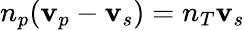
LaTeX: n_{p}(\mathbf{v}_{p}-\mathbf{v}_{s})=n_{T}\mathbf{v}_{s}